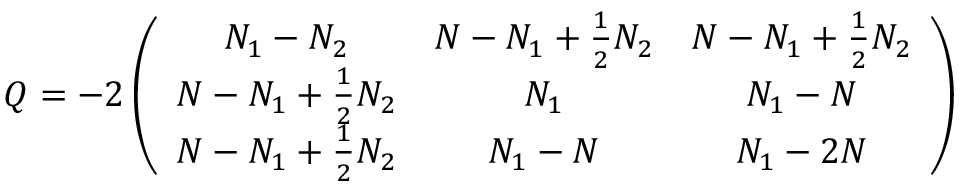
Q = - 2 \left( \begin{array} { c c c } { { N _ { 1 } - N _ { 2 } } } & { { N - N _ { 1 } + \frac 1 2 N _ { 2 } } } & { { N - N _ { 1 } + \frac 1 2 N _ { 2 } } } \\ { { N - N _ { 1 } + \frac 1 2 N _ { 2 } } } & { { N _ { 1 } } } & { { N _ { 1 } - N } } \\ { { N - N _ { 1 } + \frac 1 2 N _ { 2 } } } & { { N _ { 1 } - N } } & { { N _ { 1 } - 2 N } } \end{array} \right)